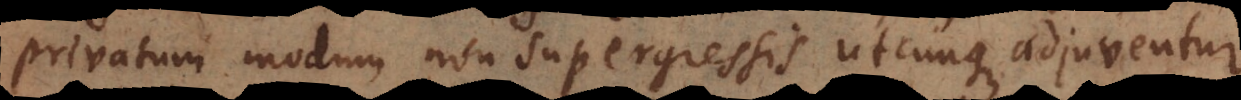
privatum modum non supergressis utcunque adjuventur.